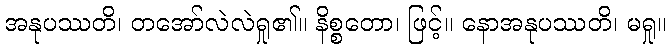
အနုပဿတိ၊ တအော်လဲလဲရှု၏။ နိစ္စတော၊ ဖြင့်။ နောအနုပဿတိ၊ မရှု။